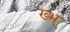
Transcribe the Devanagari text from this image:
ख्भ्